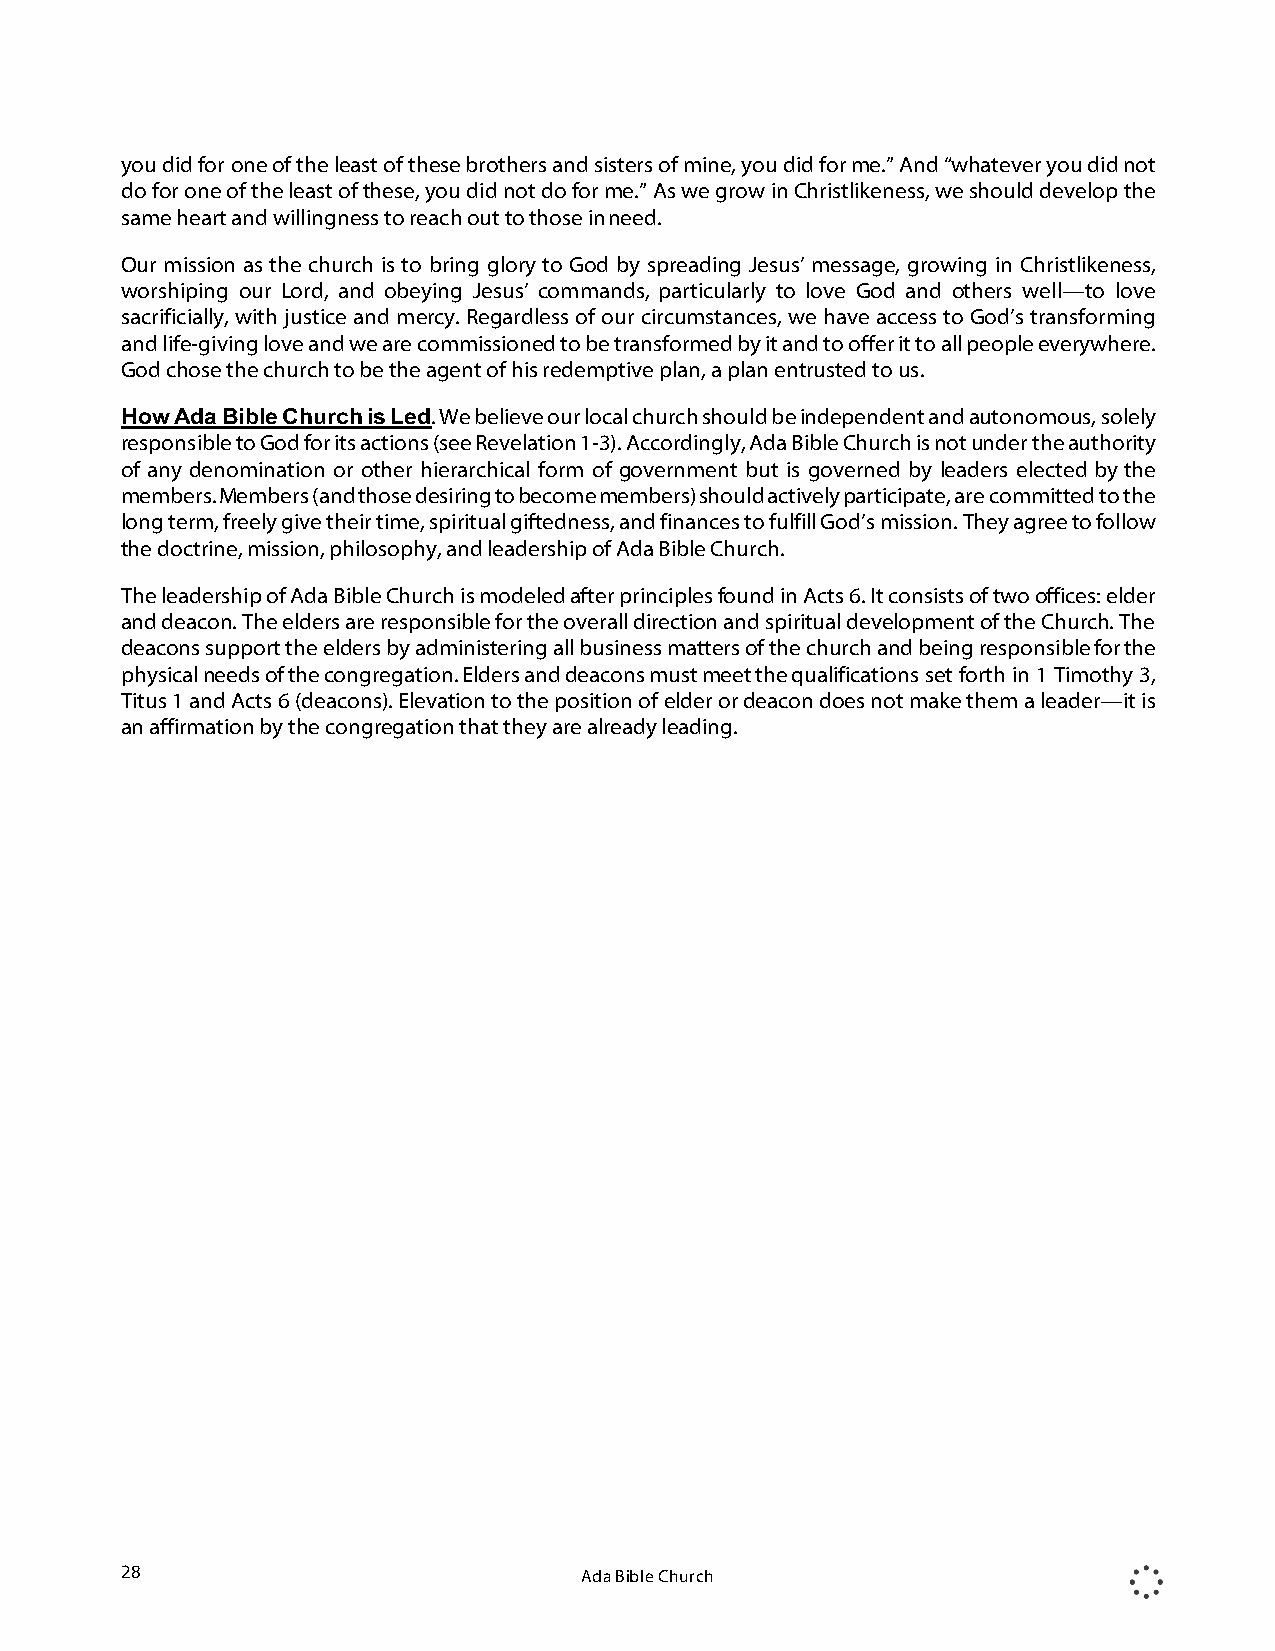
you did for one of the least of these brothers and sisters of mine, you did for me.” And “whatever you did not
 do for one of the least of these, you did not do for me.” As we grow in Christlikeness, we should develop the
 same heart and willingness to reach out to those in need.
 Our mission as the church is to bring glory to God by spreading Jesus’ message, growing in Christlikeness,
 worshiping our Lord, and obeying Jesus’ commands, particularly to love God and others well—to love
 sacrificially, with justice and mercy. Regardless of our circumstances, we have access to God’s transforming
 and life-giving love and we are commissioned to be transformed by it and to offer it to all people everywhere.
 God chose the church to be the agent of his redemptive plan, a plan entrusted to us.
 How Ada Bible Church is Led. We believe our local church should be independent and autonomous, solely
 responsible to God for its actions (see Revelation 1-3). Accordingly, Ada Bible Church is not under the authority
 of any denomination or other hierarchical form of government but is governed by leaders elected by the
 members. Members (and those desiring to become members) should actively participate, are committed to the
 long term, freely give their time, spiritual giftedness, and finances to fulfill God’s mission. They agree to follow
 the doctrine, mission, philosophy, and leadership of Ada Bible Church.
 The leadership of Ada Bible Church is modeled after principles found in Acts 6. It consists of two offices: elder
 and deacon. The elders are responsible for the overall direction and spiritual development of the Church. The
 deacons support the elders by administering all business matters of the church and being responsible for the
 physical needs of the congregation. Elders and deacons must meet the qualifications set forth in 1 Timothy 3,
 Titus 1 and Acts 6 (deacons). Elevation to the position of elder or deacon does not make them a leader—it is
 an affirmation by the congregation that they are already leading.
 28                            Ada Bible Church